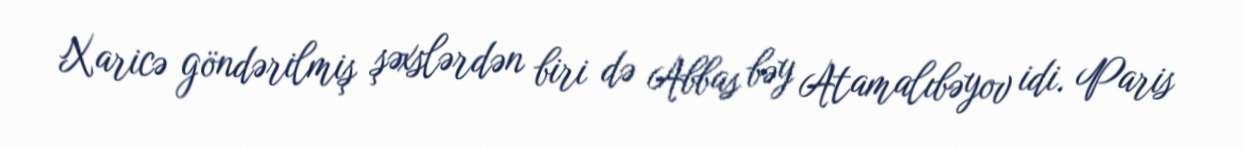
Xaricə göndərilmiş şəxslərdən biri də Abbas bəy Atamalıbəyov idi. Paris